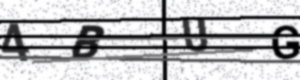
Text: 4BUG